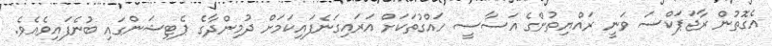
އެގޮތުން ރާޖަޕަކްސަ ވަނީ ރައްޔިތުންގެ އަސާސީ ހައްގުތަކަށް އަރައިގަނެފައިކަމަށް ދުމިންދާގެ ޕެޓިޝަންގައި ބުނެފައިވެއެވެ.